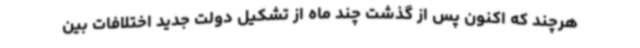
هرچند که اکنون پس از گذشت چند ماه از تشکیل دولت جدید اختلافات بین